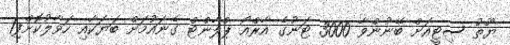
ޔޫތު ސިޓީއަށް ބޭނުންވާ 3000 ޓަނުގެ އާރްއޯ ޕްލާންޓް ގެނައުމަށް ބަޔަކާއި ހަވާލުކޮށްފި1